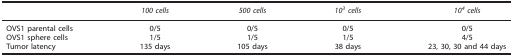
<table><thead><tr><td><b> </b></td><td><b><i>100 cells</i></b></td><td><b><i>500 cells</i></b></td><td><b><i>10</i><sup><i>3</i></sup><i>cells</i></b></td><td><b><i>10</i><sup><i>4</i></sup><i>cells</i></b></td></tr></thead><tbody><tr><td>OVS1 parental cells</td><td>0/5</td><td>0/5</td><td>0/5</td><td>0/5</td></tr><tr><td>OVS1 sphere cells</td><td>1/5</td><td>1/5</td><td>1/5</td><td>4/5</td></tr><tr><td>Tumor latency</td><td>135 days</td><td>105 days</td><td>38 days</td><td>23, 30, 30 and 44 days</td></tr></tbody></table>